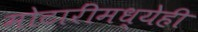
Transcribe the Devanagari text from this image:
मोटारींमध्येही